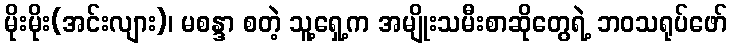
မိုးမိုး(အင်းလျား)၊ မစန္ဒာ စတဲ့ သူ့ရှေ့က အမျိုးသမီးစာဆိုတွေရဲ့ ဘဝသရုပ်ဖော်